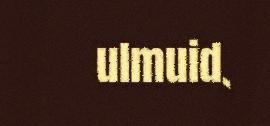
ulmuid.